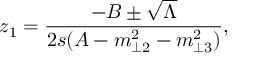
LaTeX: z _ { 1 } = \frac { - B \pm \sqrt { \Lambda } } { 2 s ( A - m _ { \perp 2 } ^ { 2 } - m _ { \perp 3 } ^ { 2 } ) } ,